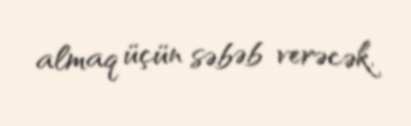
almaq üçün səbəb verəcək.